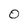
Character: 0